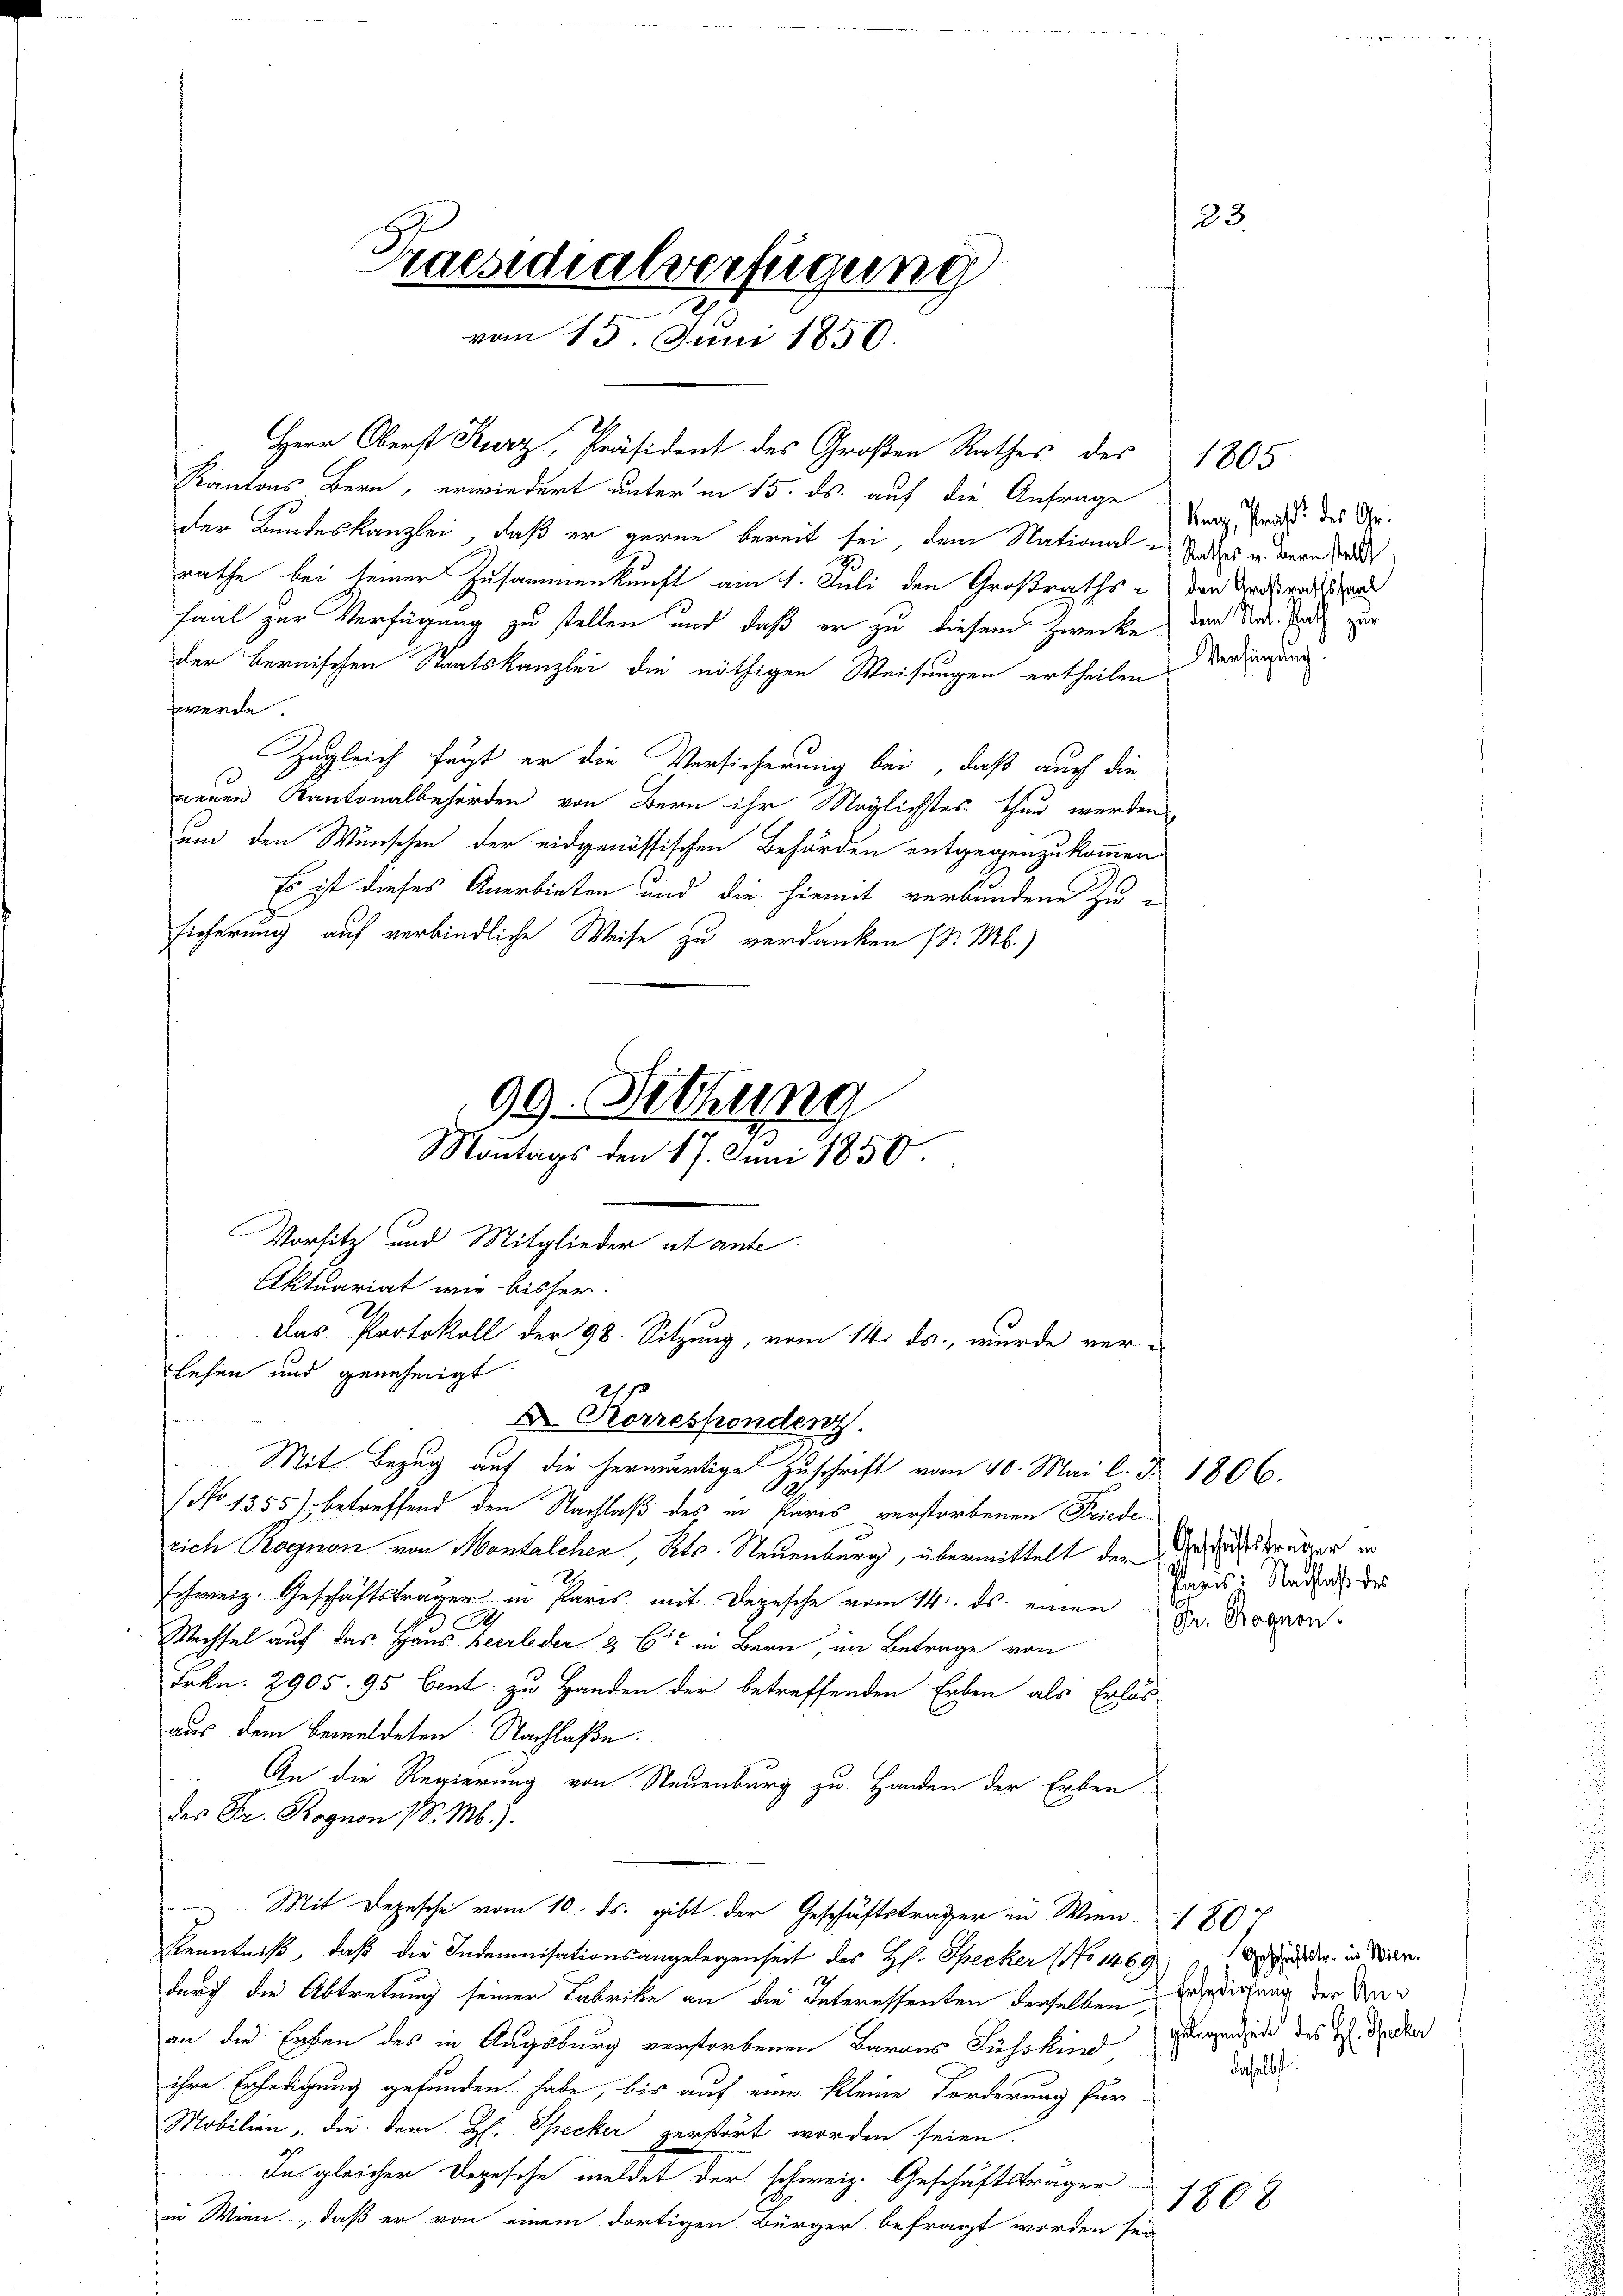
23.
Praesidialverfügung
vom 15. Juni 1850.

Herr Oberst Kurz, Präsident des Großen Rathes des 1805
Kantons Bern, erwiedert unter in 15. ds. auf die Anfrage der Frau des Gr.
der Bundeskanzlei, daß er gerne bereit sei, dem National-Todess in Bernhardt
rathe bei seiner Zusammenkunft am 1. Juli den Großraths - von Urgrossen
Faal zur Verfügung zu stellen und daß er zu diesem Zwecke, den Nat. Ende zur
der bernischen Staatskanzlei die nöthigen Weisungen ertheilen Verdingung
werde
Zugleich fügt er die Versicherung bei, daß auch die
neuen Kantonalbehörden von Bern ihr Möglichstes thun werden
um den Wünschen der eidgenössischen Behörden entgegenzukommen.
Es ist dieses Anerbieten und die hiemit verbundene Zu-
sicherung auf verbindliche Weise zu verdanken /: M.)

(No 1355) betreffend den Nachlaß des in Paris verstorbenen Friederich Ragnon von Montalchen, Kts. Neuenburg, übermittelt der Verträger in
schweiz. Geschäftsträger in Paris mit Depesche vom 14. ds. einen Dr. Bogen
S
Wechsel auf das Haus Heerleder & Cie in Bern, im Betrage von
Frkn. 2905. 95 bent zu Handen der betreffenden Erben als Erlös
aus dem bemeldeten. Nachlaße.
An die Regierung von Neuenburg zu Handen der Erben
des Fr. Rognon /. M.).
 Mit Depesche vom 10. ds. gibt der Geschäftsträger in Wien 1807
Kenntniß, daß die Indemnisationsangelegenheit des H. Specker (No 1469
durch die Abtretung seiner Fabrike an die Interessenten derselben Erledigung der Veran die Erben des in Augsburg verstorbenen Barons Fuchskind gegen jede des H. Ander
ihre Erledigung gefunden habe, bis auf eine kleine Forderung für
Mobilien, die dem H. Specker zerstört worden seien.
In gleicher Depesche meldet der schweiz. Geschäftsträger-
in Wien, daß er von einem dortigen Bürger befragt worden sei.

Vorsitz und Mitglieder ut ante
Aktuariat wie bisher.
Das Protokoll der 98. Sitzung, vom 14. ds., wurde ver-
lehen und genehmigt.
D Korrespondenz.
Mit Bezug auf die herwärtige Zuschrift vom 10. Mai l. J. 1806.

99. Sitzung

Montags den 17. Juni 1850

Pages: Nachlaß ders

Geschäftstr. in Wien.
dasselbst.

1808